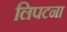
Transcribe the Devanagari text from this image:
लिपटना